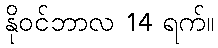
နိုဝင်ဘာလ 14 ရက်။